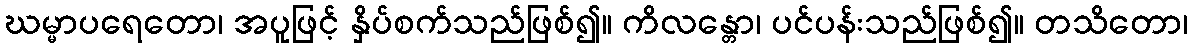
ဃမ္မာပရေတော၊ အပူဖြင့် နှိပ်စက်သည်ဖြစ်၍။ ကိလန္တော၊ ပင်ပန်းသည်ဖြစ်၍။ တသိတော၊